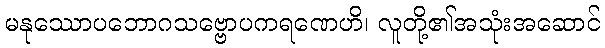
မနုဿောပဘောဂသဗ္ဗောပကရဏေဟိ၊ လူတို့၏အသုံးအဆောင်